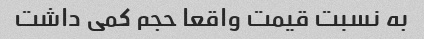
به نسبت قیمت واقعا حجم کمی داشت